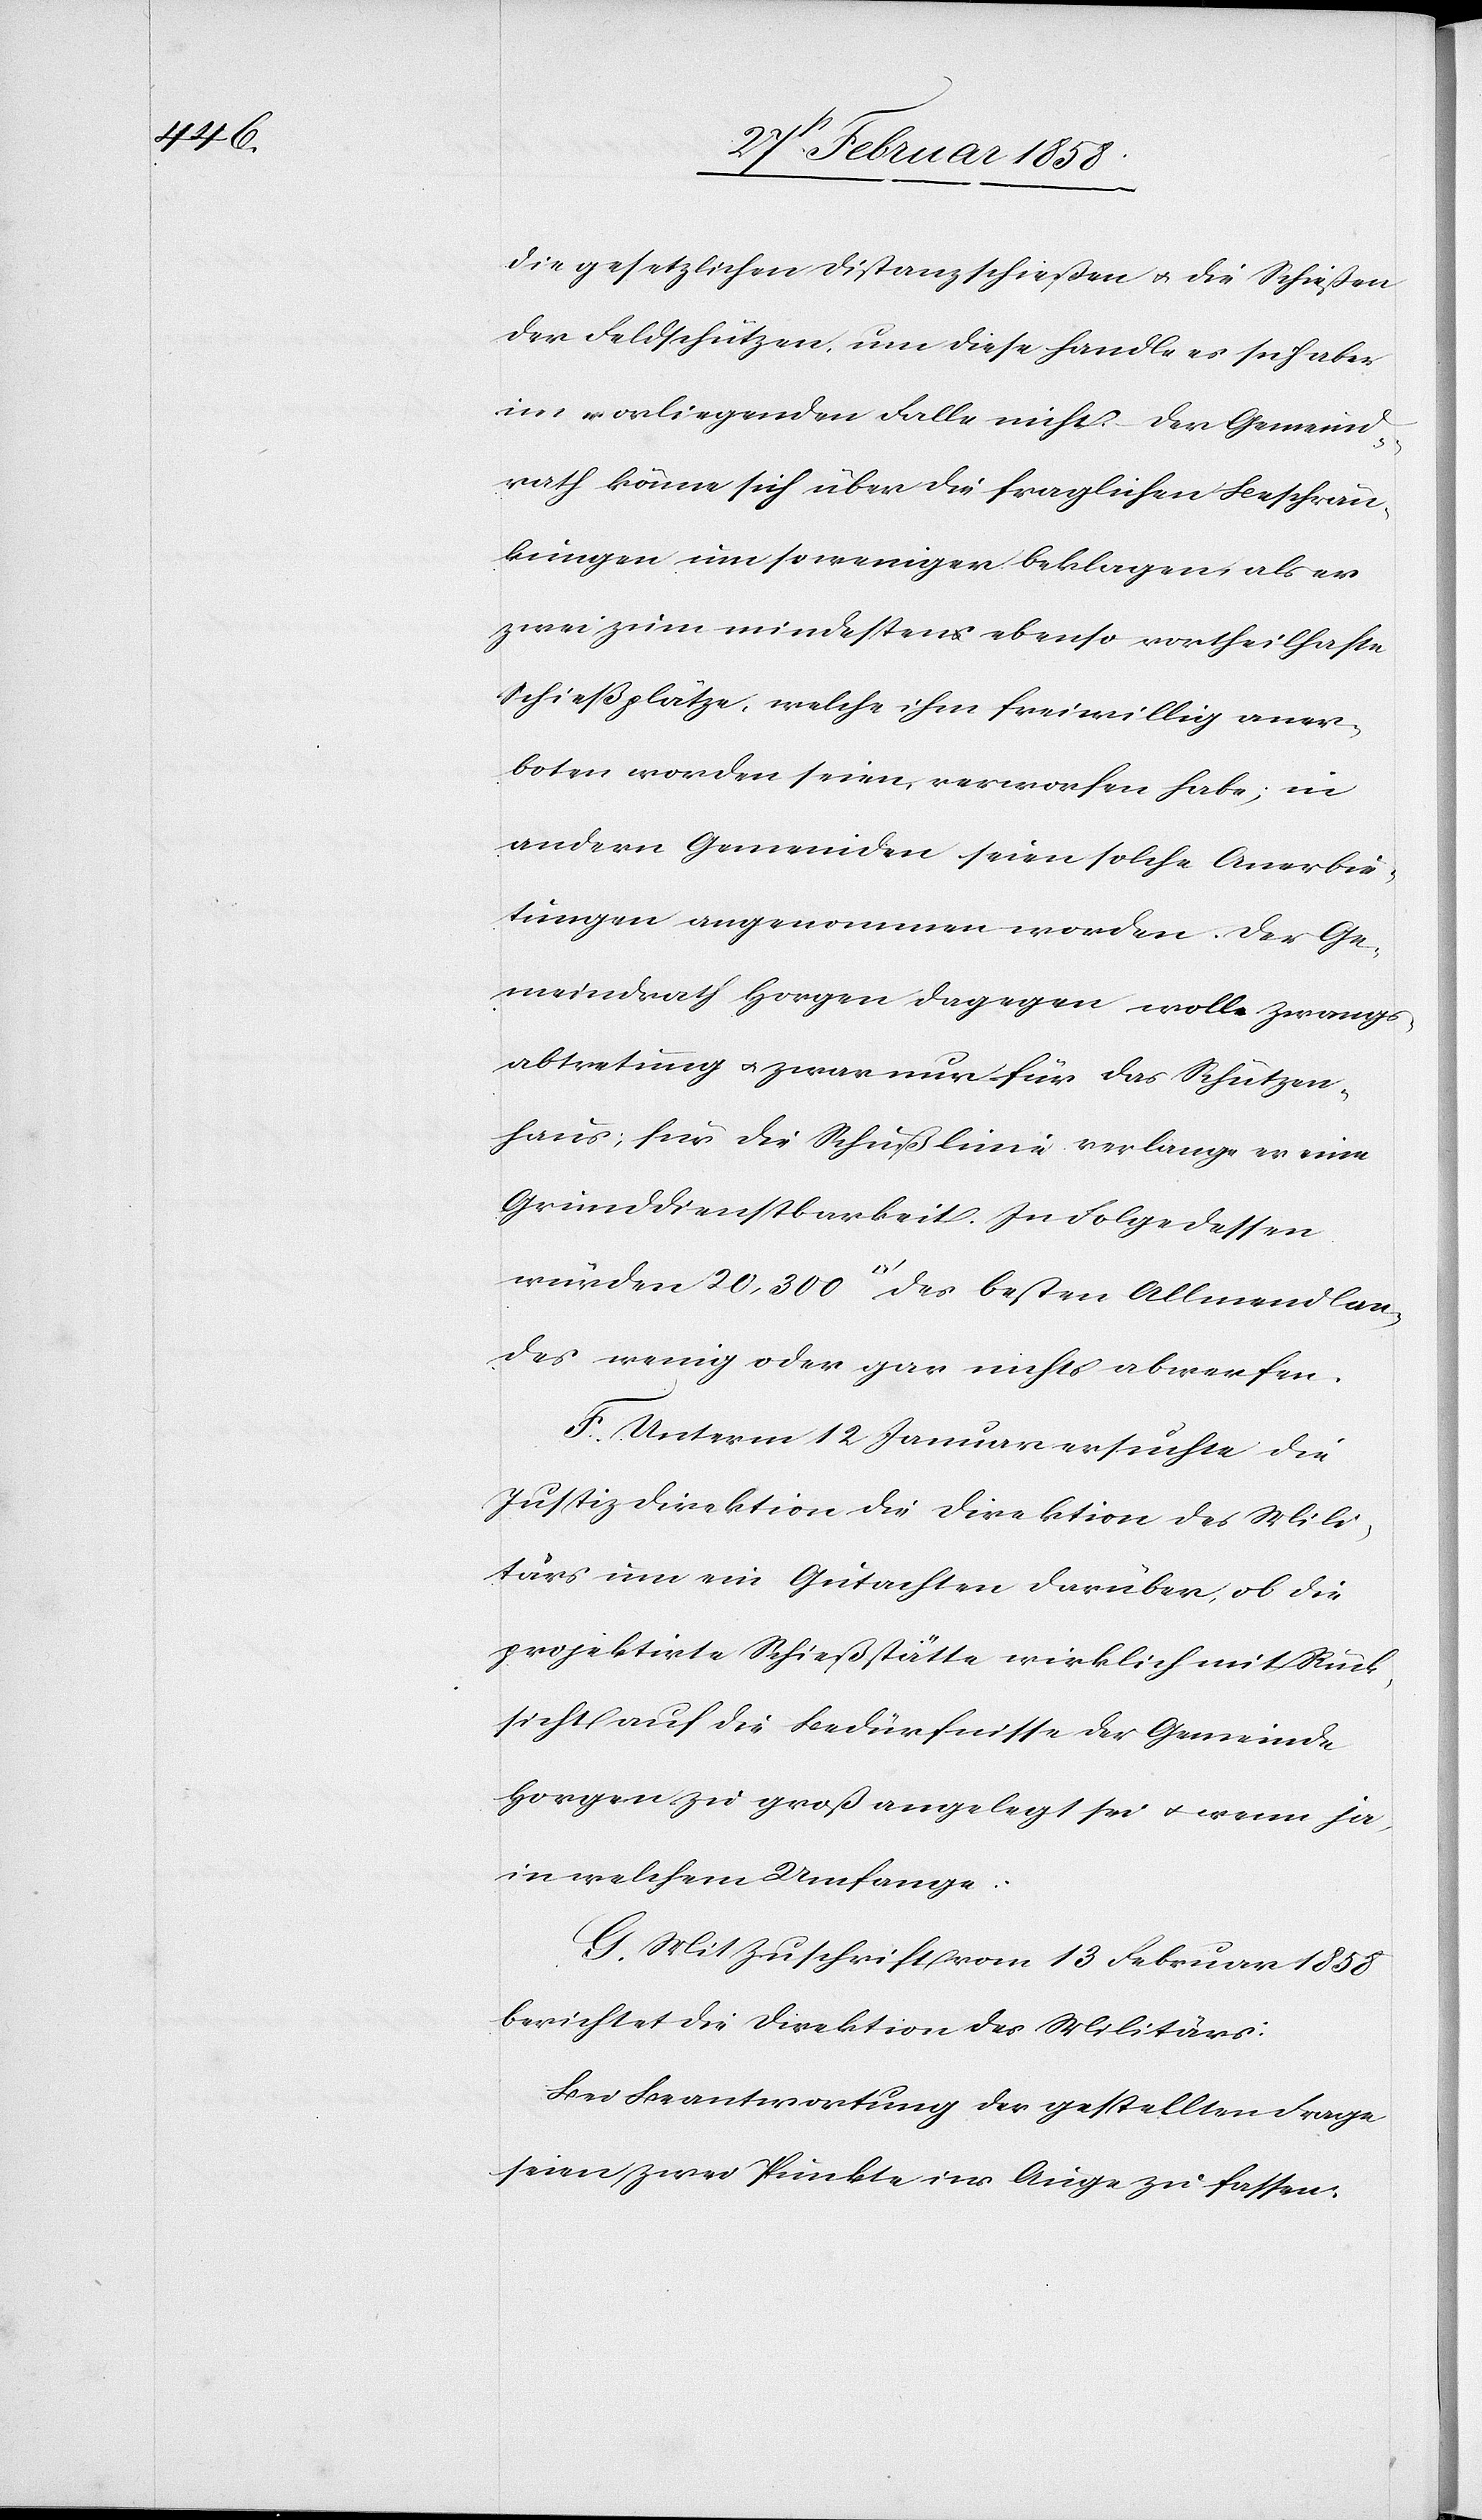
Allmendla¬

die gesetzlichen Distanzschießen u. die Schießen
der Feldschützen, um diese handle es sich aber
im vorliegenden Falle nicht. Der Gemeind¬
rath könne sich über die fraglichen Beschrän¬
kungen um so weniger beklagen als er
zwei zum mindestens ebenso vortheilhafte
Schießplätze, welche ihm freiwillig aner¬
boten worden seien, verworfen habe; in
andern Gemeinden seien solche Anerbie¬
tungen angenommen worden. Der Ge¬
meindrath Horgen dagegen wolle Zwangs¬
abtretung u. zwar nur für das Schützen¬
haus; für die Schußlinie verlange er eine
Grunddienstbarkeit. In Folge dessen
ndes wenig oder gar nichts abwerfen.
F. Unterm 12 Januar ersuchte die
Justizdirektion die Direktion des Mili¬
tärs um ein Gutachten darüber, ob die
projektirte Schießstätte wirklich mit Rück¬
sicht auf die Bedürfnisse der Gemeinde
Horgen zu groß angelegt sei u. wenn ja,
in welchem Umfange.
G. Mit Zuschrift vom 13 Februar 1858
berichtet die Direktion des Militärs:
Bei Beantwortung der gestellten Frage
seien zwei Punkte ins Auge zu fassen: